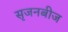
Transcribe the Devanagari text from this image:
सृजनबीज